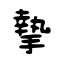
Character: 摯